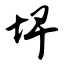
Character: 埤